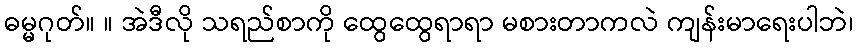
ဓမ္မဂုတ်။ ။ အဲဒီလို သရည်စာကို ထွေထွေရာရာ မစားတာကလဲ ကျန်းမာရေးပါဘဲ၊